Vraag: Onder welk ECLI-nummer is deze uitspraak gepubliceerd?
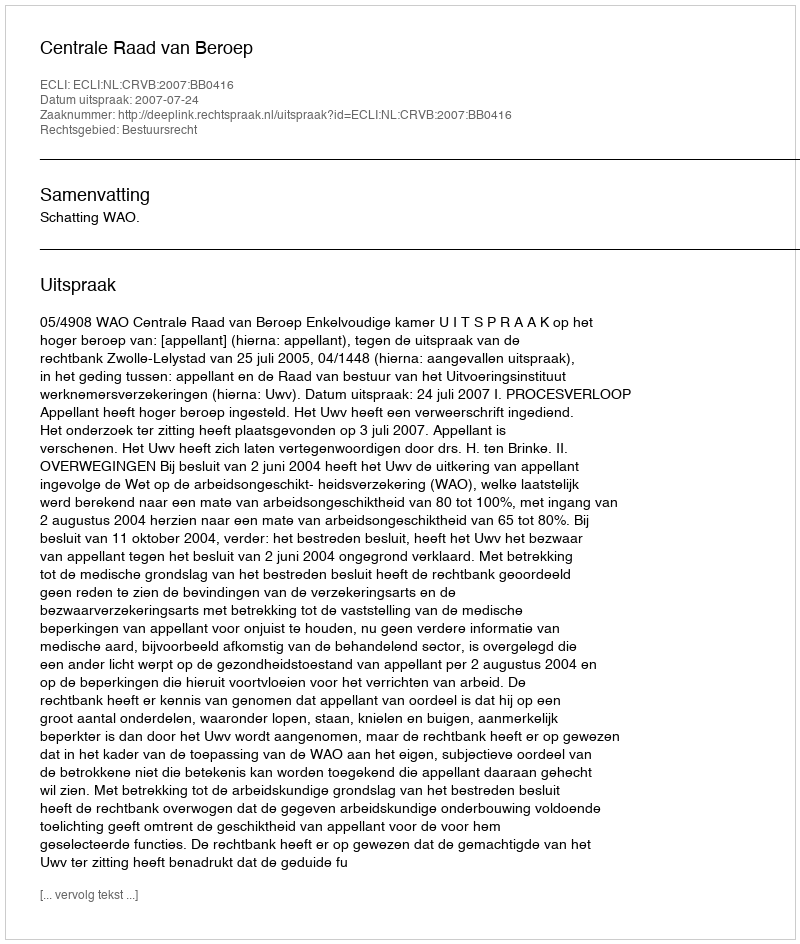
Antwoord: ECLI:NL:CRVB:2007:BB0416